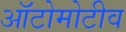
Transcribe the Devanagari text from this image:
ऑटोमोटीव